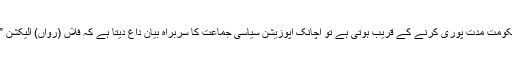
اِسی طرح جب کوئی حکومت مدت پوری کرنے کے قریب ہوتی ہے تو اچانک اپوزیشن سیاسی جماعت کا سربراہ بیان داغ دیتا ہے کہ فلاں (رواں) الیکشن ”آراو“ کے الیکشن تھے۔